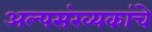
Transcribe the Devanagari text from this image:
अल्पसंख्यकांचे